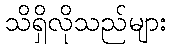
သိရှိလိုသည်များ